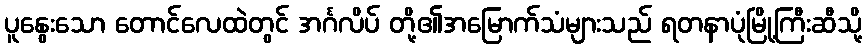
ပူနွေးသော တောင်လေထဲတွင် အင်္ဂလိပ် တို့၏အမြောက်သံများသည် ရတနာပုံမြို့ကြီးဆီသို့